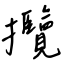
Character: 攬